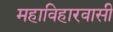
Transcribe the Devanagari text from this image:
महाविहारवासी